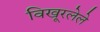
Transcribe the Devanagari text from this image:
विखूरलेले